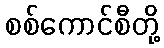
စစ်ကောင်စီတို့